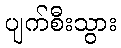
ပျက်စီးသွား